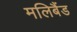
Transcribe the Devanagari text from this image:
मलिबैंड